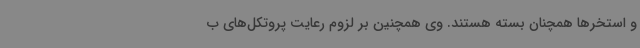
و استخرها همچنان بسته هستند. وی همچنین بر لزوم رعایت پروتکل‌های ب